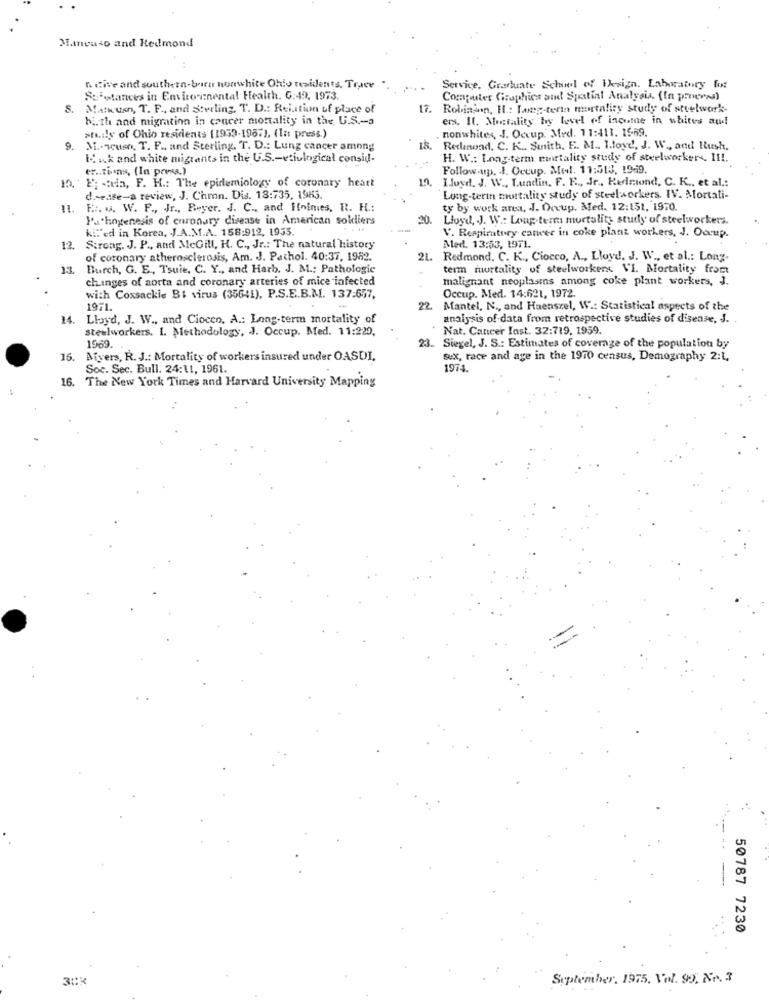
Mancuso and Redmond
neive and southern-born nonwhite Ohio residents. Trace
Service. Graduate School of Iksign. Laboratory for
Solotances in Environmental Health. G:49, 1973.
Computer Graphics and Spatial Analysis (la prevas)
Matkuen, T. F ., and Sterling, T. D .: Reiation uf place of
17.
Robinson, It .: Long-term mortality study of steelwork-
bi. th and migration in concer mortality in the U.S .- a
ers. Il. Mostality by level of income in whites au!
nonwhites, J. Occup. Med. 11:411. 15-69.
>tily of Ohio residents (1959-1987), (In press.)
9.
M .. weuse, T. F ., and Sterling. T. D .: Lung cancer among
18. Redenond. C. K .. Sunith, E. M .. Lloyd, J. W ., and Rush.
If ik and white migrants in the U.S .- etiulogical consid-
H. W .: Long-term mortality study of steelworkers. It !.
er .. tins, (In press.)
Follow-up. I. Occup. Med. 11:513, 1969.
19. Lloyd. J. W ., Lundin, F. E ., Jr ., Redmond, C. K ., et al .:
10. Epstein, F. H .: The epidemiology of coronary heart
disease-a review, J. Chron. Dis. 13:735, 1985.
Long-term mortality study of steelworkers. IV. Mortali-
IL.
E. M. W. F ., Jr ., Beyer. J. C ., and Hninies, R. H .:
ty by work area, J. Occup. Med. 12:151, 1970.
Pathogenesis of coronary disease in American soldiers
20.
Lloyd, J. W .: Long-term mortality study of steelworkers.
ki:"ed in Korea, J.A.M.A. 158:912, 1935.
V. Respiratory cancer in coke plant workers, J. Ocup.
12
Strong. J. P ., and McGill, H. C ., Jr .: The natural history
Med. 13:53, 1971.
of coronary atherosclerosis, Am. J. Pathol. 40:37, 1962.
21. Redmond. C. K ., Ciocco, A ., Lloyd. J. W ., et al .: Long-
13.
Burch, G. E, Tsuie, C. Y ., and Harb. J. M .: Pathologie
term mortality of steelworkers VI. Mortality fromt
changes of aorta and coronary arteries of mice infected
malignant neoplasms among coke plant workers, J.
with Coxsackie Bt virus (35641), P.S.E.B.M. 137:657,
Occup. Med. 14:621, 1972.
1971.
2 Mantel, N ., and Haenszel, W: Statistical aspects of the
14. Lloyd, J. W .. and Ciocco. A .: Long-term mortality of
analysis of data from retrospective studies of disease, J.
steelworkers. 1. Methodology, J. Occup. Med. 11:229.
Nat. Cancer Inst. 32:719, 1959.
1969.
23. Siegel, J. S .: Estimates of coverage of the population by
15.
Aiyers, R. J .: Mortality of workers insured under OASDI,
sex, race and age in the 1970 census, Demography 2:1,
Soc. Sec. Bull. 24:11, 1961.
1974.
16. The New York Times and Harvard University Mapping
50787 7230
September, 1975, Vol. 9o. Nr. 3